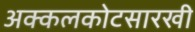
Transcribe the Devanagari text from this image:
अक्कलकोटसारखी